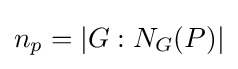
n_{p}=|G:N_{G}(P)|